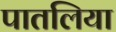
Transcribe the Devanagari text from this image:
पातलिया